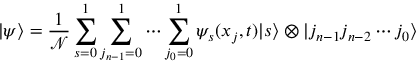
| \psi \rangle = \frac { 1 } { \mathcal { N } } \sum _ { s = 0 } ^ { 1 } \sum _ { j _ { n - 1 } = 0 } ^ { 1 } \cdots \sum _ { j _ { 0 } = 0 } ^ { 1 } \psi _ { s } ( x _ { j } , t ) | s \rangle \otimes | j _ { n - 1 } j _ { n - 2 } \cdots j _ { 0 } \rangle